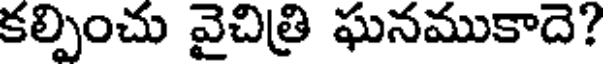
కల్పించు వైచిత్రి ఘనముకాదె?